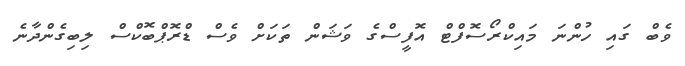
ވެބް ގައި ހުންނަ މައިކްރޯސޮފްޓް އޮފީސްގެ ވަޝަން ތަކަށް ވެސް ޑްރޮޕްބޮކްސް ލިބިގެންދާނެ